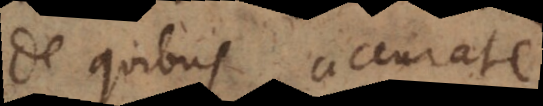
De quibus accurate